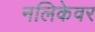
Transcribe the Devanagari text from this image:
नलिकेवर